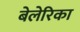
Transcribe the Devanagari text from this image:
बेलेरिका